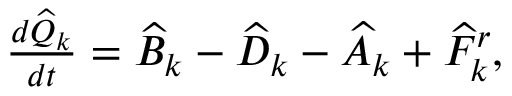
\begin{array} { r } { \frac { d \widehat { Q } _ { k } } { d t } = \widehat { B } _ { k } - \widehat { D } _ { k } - \widehat { A } _ { k } + \widehat { F } _ { k } ^ { r } , } \end{array}